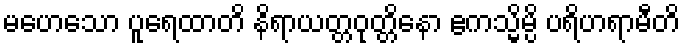
မဟေသော ပူရေထာတိ နိရာယတ္တဝုတ္တိနော ဧကသ္မိမ္ပိ ပရိဟရာမီတိ